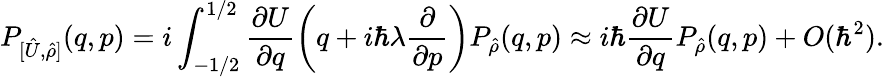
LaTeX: P_{[\hat{U},\hat{\rho}]}(q,p)=i\int_{-1/2}^{1/2}\frac{\partial U}{\partial q}\left(q+i\hbar\lambda\frac{\partial}{\partial p}\right)P_{\hat{\rho}}(q,p)\approx i\hbar\frac{\partial U}{\partial q}P_{\hat{\rho}}(q,p)+O(\hbar^{2}).